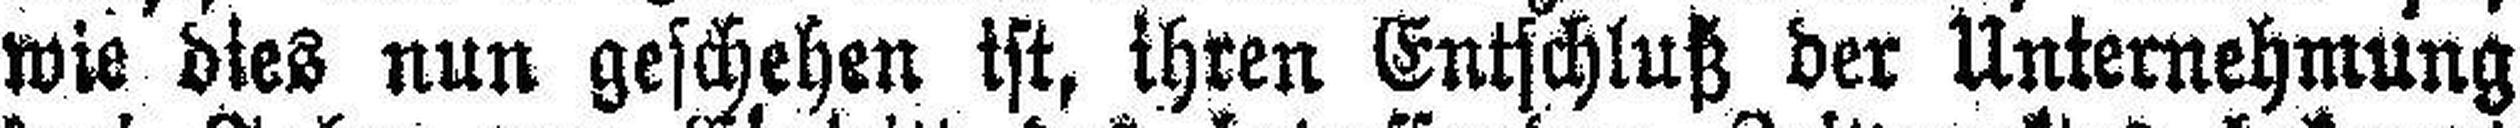
wie dies nun geschehen ist, ihren Entschluß der Unternehmung